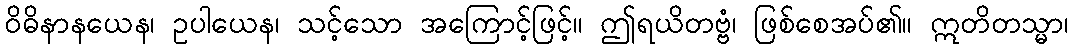
ဝိဓိနာနယေန၊ ဥပါယေန၊ သင့်သော အကြောင့်ဖြင့်။ ဤရယိတဗ္ဗံ၊ ဖြစ်စေအပ်၏။ ဣတိတသ္မာ၊